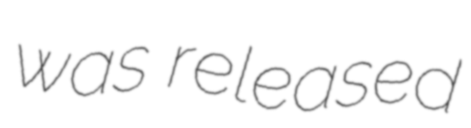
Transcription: was released